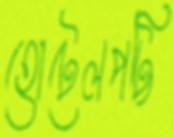
হোটেলপট্টি